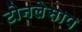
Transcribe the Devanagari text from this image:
टोनलेसाप